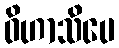
ဝိဟာသိပေ